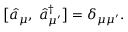
\begin{array} { r } { \bigl [ \hat { a } _ { \mu } , \; \hat { a } _ { \mu ^ { \prime } } ^ { \dagger } \bigr ] = \delta _ { \mu \mu ^ { \prime } } . } \end{array}